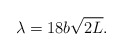
\begin{align*}\lambda=18b\sqrt{2L}.\end{align*}